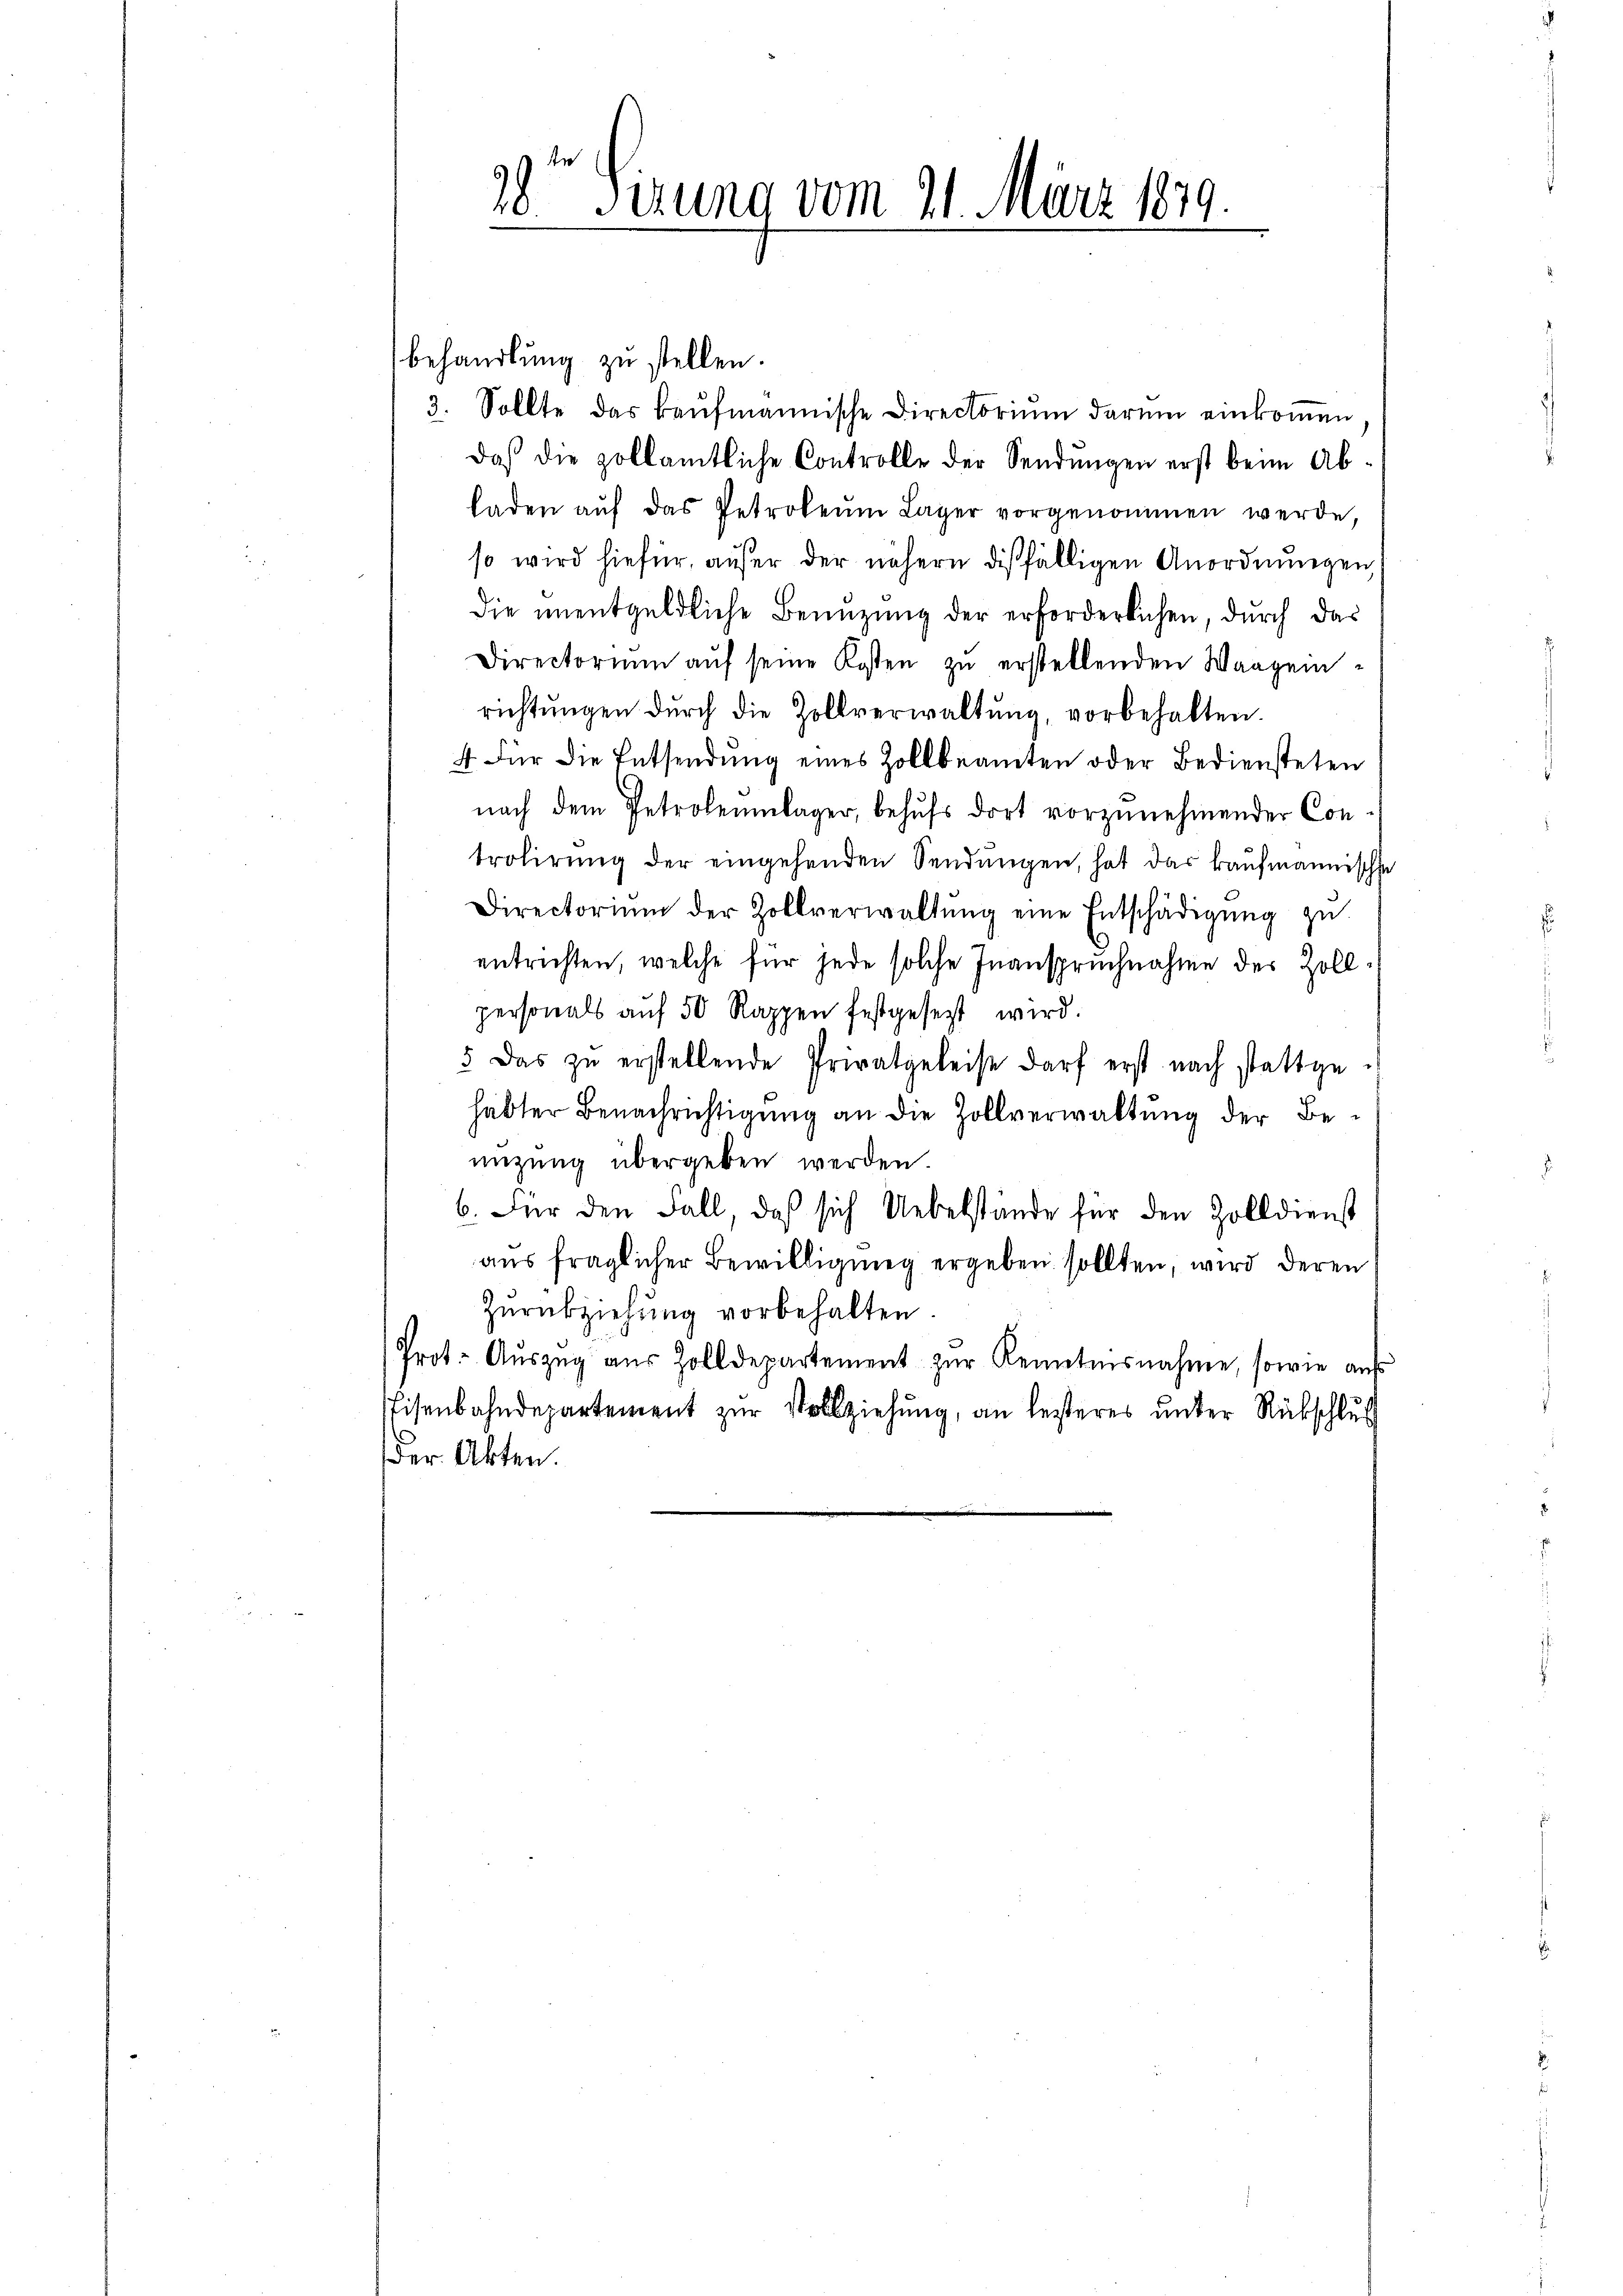
behandlung zu stellen.
3. Sollte das kaufmannische Directorium darum einkommen
daß die vollamtliche Controlle der Sendungen erst beim Abladen aŭf das Petrokeŭm Lager vorgenommen werde,
so wird hiefür, außer der nähern dießfälligen Anordnungen
die ŭnentgeldliche Benuzung der erforderlichen, durch das
Directorium aŭf seine Kosten zŭ erstellenden Waagein-
richtŭngen durch die Zollverwaltŭng, vorbehalten.
4. Für die Entsendung eines Zollbeamten oder Bediensteten
nach dem Petrolenlager, behufs dort vorzunehmender Controlirung der eingehenden Sendungen, hat das kaufmannische
Directoriŭm der Zollverwaltŭng eine Entschädigŭng zŭ
entrichten, welche für jede solche Inanspruchnahme des Zollpersonals auf 50 Rappen festgesezt wird.
5. Das zŭ erstellende Privatgeleise darf erst nach stattgehabter Benachrichtigung an die Zollverwaltung der Benüzung übergeben werden
6. Für den Fall, daß sich Uebelstände für den Zolldienst
aus fraglicher Bewilligung ergeben sollten, wird deren
Zurückziehung vorbehalten.
Prot. Aŭszŭg aŭs Zolldepartement zŭr Kenntnisnahme, sowie aŭf
Eisenbahndepartement zŭr Vollziehŭng, an lesteres ŭnter Rückschlŭs
Der Akten.

28 Sirung vom 21. März 1879.